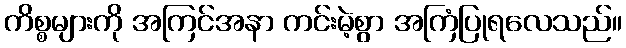
ကိစ္စများကို အကြင်အနာ ကင်းမဲ့စွာ အကြံပြုရလေသည်။